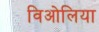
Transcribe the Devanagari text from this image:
विओलिया